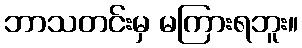
ဘာသတင်းမှ မကြားရဘူး။